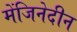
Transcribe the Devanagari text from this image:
मेंजिनेदीन